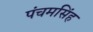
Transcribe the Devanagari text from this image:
पंचमसिंह